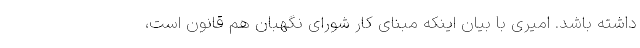
داشته باشد. امیری با بیان اینکه مبنای کار شورای نگهبان هم قانون است،